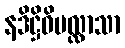
နဒိဋ္ဌိဝိပလ္လာသာ